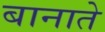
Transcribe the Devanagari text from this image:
बानाते